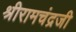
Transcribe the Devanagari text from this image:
श्रीरामचंद्रजी